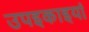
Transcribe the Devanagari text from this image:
उपइकाइयां